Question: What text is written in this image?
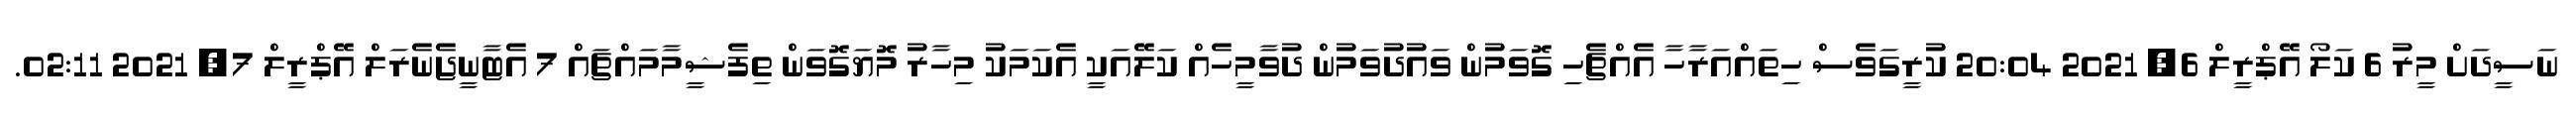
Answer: ނަސީދަށް މީރު 6 ކަލޯ އޭޕްރީލް 6, 2021 20:04 ކުރީގަވެސް ހިތައްއަރާހާ އެއްޗެހި ގޮވަމުން ވައުދުވަމުން ދުވާމީހެއް ކަލޭއަކީ އެކަމަކު މިހާރު މޮޔަގޮވަން ތިފެޝީމާމައްޗައް 7 އެޓާނީޖެނެރަލް އޭޕްރީލް 7, 2021 02:11.